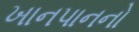
ખાનપાનનો